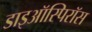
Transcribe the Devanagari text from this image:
डाइऑस्पिरॉस